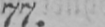
77.